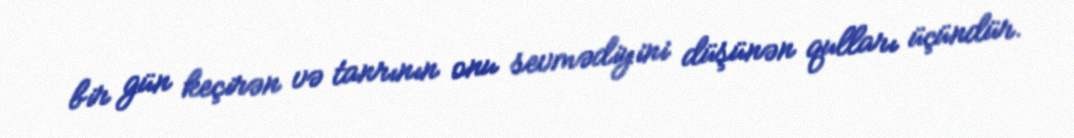
bir gün keçirən və tanrının onu sevmədiyini düşünən qulları üçündür.